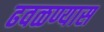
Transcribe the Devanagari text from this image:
ढवळण्यास